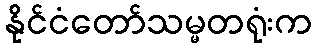
နိုင်ငံတော်သမ္မတရုံးက